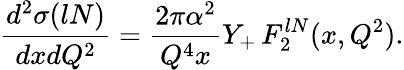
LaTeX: \frac{d^{2}\sigma(lN)}{dxdQ^{2}}=\frac{2\pi\alpha^{2}}{Q^{4}x}Y_{+}\, F_{2}^{lN}(x,Q^{2}).